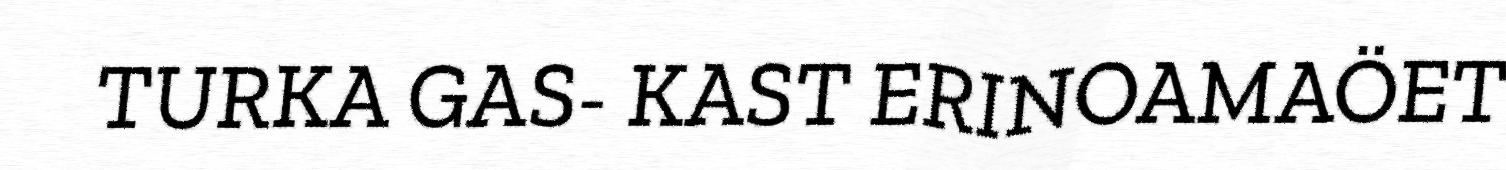
TURKA GAS- KAST ERINOAMAÖET